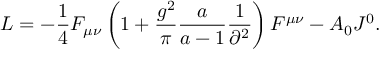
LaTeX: { \cal L } = - \frac { 1 } { 4 } F _ { \mu \nu } \left( { 1 + \frac { { g ^ { 2 } } } { \pi } \frac { a } { { a - 1 } } \frac { 1 } { { \partial ^ { 2 } } } } \right) F ^ { \mu \nu } - A _ { 0 } J ^ { 0 } .